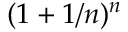
( 1 + 1 / n ) ^ { n }